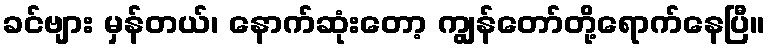
ခင်ဗျား မှန်တယ်၊ နောက်ဆုံးတော့ ကျွန်တော်တို့ရောက်နေပြီ။